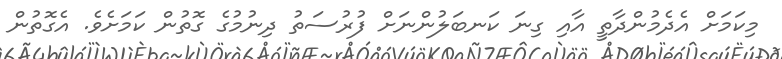
މިކަމަށް އެދެމުންދާތީ އާާާއި ގިިިނަ ކަނބަލުންނަށް ފުރުސަތު ދިިިނުމުގެ ގޮތުން ކަމަށެވެ. އެގޮތުން